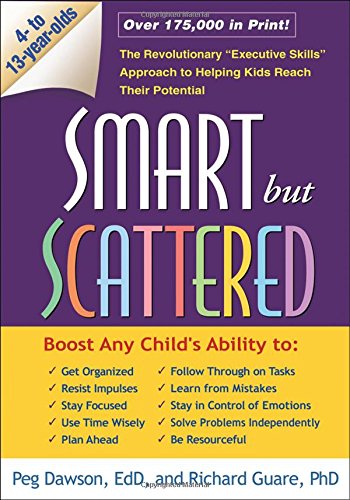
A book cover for Smart but Scattered: The Revolutionary "Executive Skills" Approach to Helping Kids Reach Their Potential; Peg Dawson; Education & Teaching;